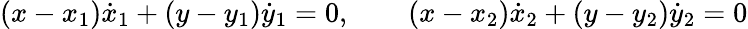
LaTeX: (x-x_{1}){\dot{x}}_{1}+(y-y_{1}){\dot{y}}_{1}=0,\qquad(x-x_{2}){\dot{x}}_{2}+(y-y_{2}){\dot{y}}_{2}=0